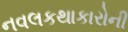
નવલકથાકારોની